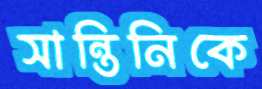
সান্তিনিকে